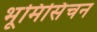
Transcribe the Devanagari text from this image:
भूमिसिंचन